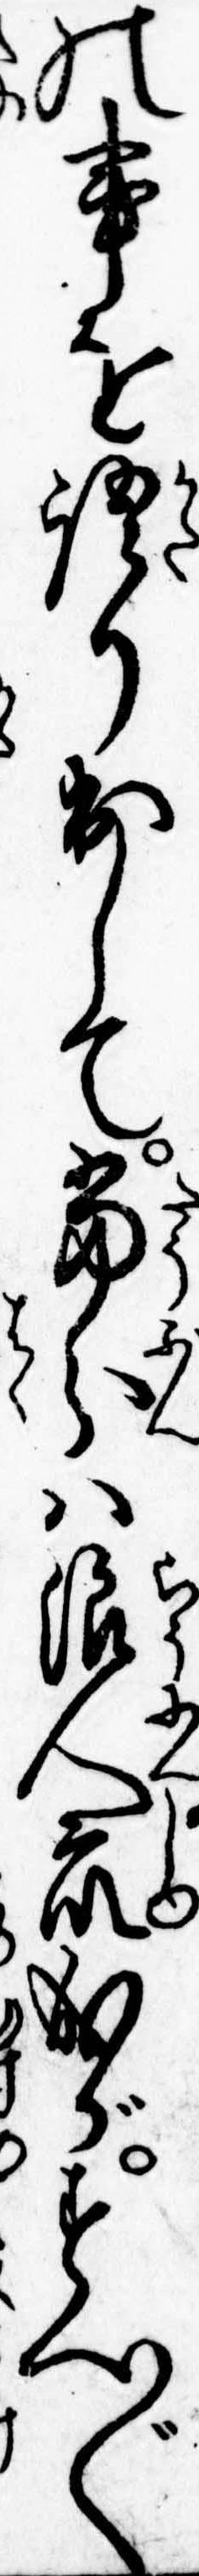
の事を語り出して当分は浪人衆成がすへ〲